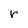
Character: r